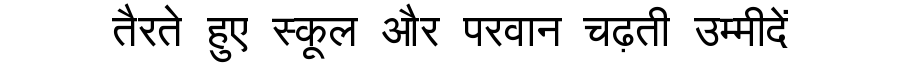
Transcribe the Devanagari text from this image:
तैरते हुए स्कूल और परवान चढ़ती उम्मीदें